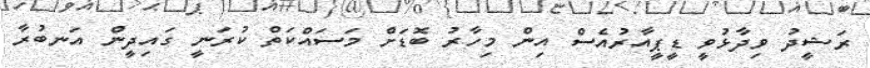
ރަޝީދު ވިދާޅުވީ ޑީޕީއާރުއެސް އިން މިހާރު ބޮޑަށް މަސައްކަތް ކުރަނީ ގައިދީން އަނބުރާ